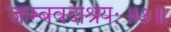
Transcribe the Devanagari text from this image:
जाम्बवदाश्रयः॥७॥